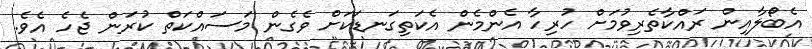
އެބޯލާއިން ރައްކާތެރިވުމަށް ހުރިހާ އެންމެން އެކަތިގަނޑަކަށް ވެގެން މަސައްކަތް ކުރަން ޖެހެ އެވެ.